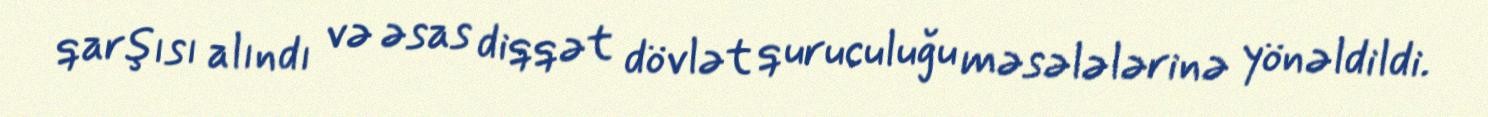
qarşısı alındı və əsas diqqət dövlət quruculuğu məsələlərinə yönəldildi.